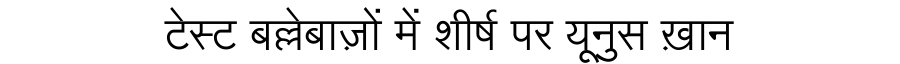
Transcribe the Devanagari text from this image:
टेस्ट बल्लेबाज़ों में शीर्ष पर यूनुस ख़ान